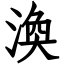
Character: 渙